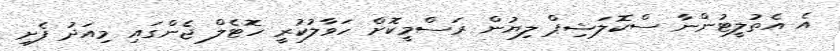
އެ އެތުލީޓުންނާ ސްކޮލަޝިޕް ލިޔުން ރަސްމީކޮށް ހަވާލުކުރީ ހޮޓެލް ޖެންގައި މިއަދު ފެށި